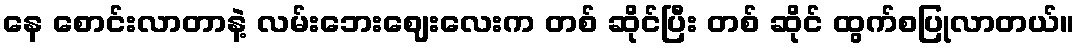
နေ စောင်းလာတာနဲ့ လမ်းဘေးဈေးလေးက တစ် ဆိုင်ပြီး တစ် ဆိုင် ထွက်စပြုလာတယ်။